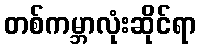
တစ်ကမ္ဘာလုံးဆိုင်ရာ